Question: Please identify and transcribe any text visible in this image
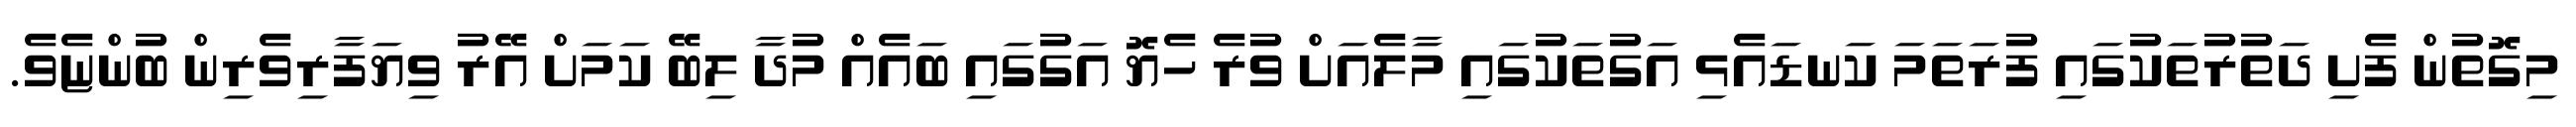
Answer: މިގޮތުން ފެށި ދަތުރުތަކުގައި ފުރަތަމަ ކަނޑައެޅި އަގުތަކުގައި މާލެއަށް ވުރެ ހެޔޮ އަގުގައި ބައެއް މުދާ ލިބޭ ކަމަށް އޭރު ވިޔަފާރިވެރިން ބުންޏެވެ.